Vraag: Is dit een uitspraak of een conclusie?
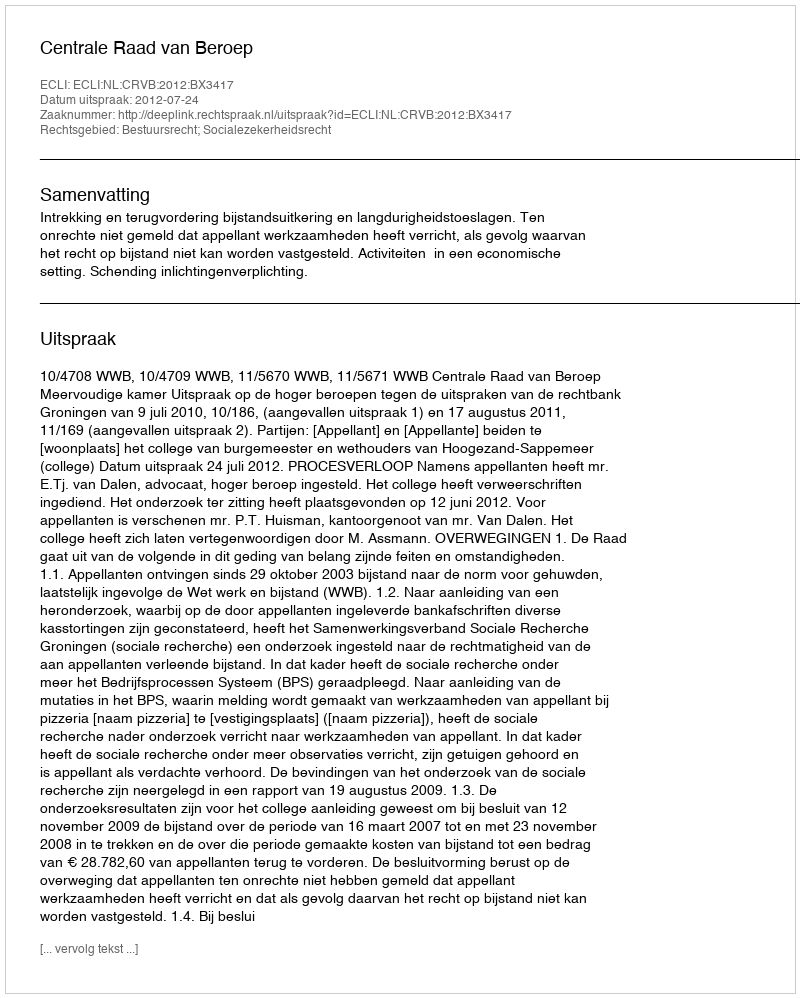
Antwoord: Uitspraak